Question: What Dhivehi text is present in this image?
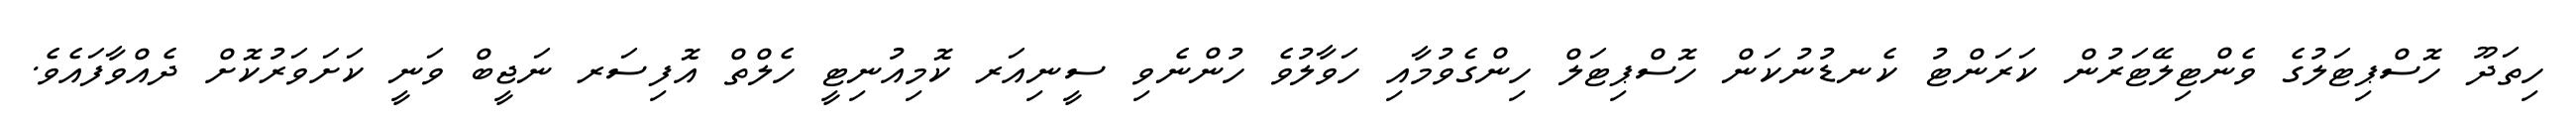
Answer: ހިތަދޫ ހޮސްޕިޓަލުގެ ވެންޓިލޭޓަރުން ކަރަންޓު ކެނޑުނުކަން ހޮސްޕިޓަލް ހިންގެވުމާއި ހަވާލުވެ ހުންނެވި ސީނިއަރ ކޮމިއުނިޓީ ހެލްތް އޮފިސަރ ނަޖީބް ވަނީ ކަށަވަރުކޮށް ދެއްވާފައެވެ.